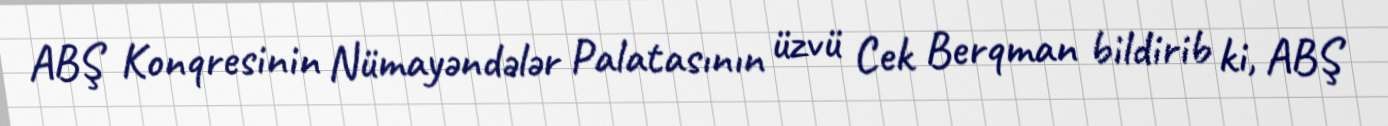
ABŞ Konqresinin Nümayəndələr Palatasının üzvü Cek Berqman bildirib ki, ABŞ